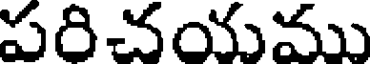
పరిచయము